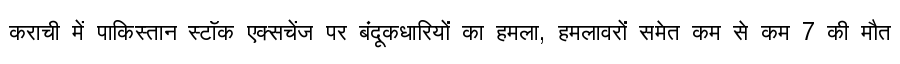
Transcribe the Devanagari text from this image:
कराची में पाकिस्तान स्टॉक एक्सचेंज पर बंदूकधारियों का हमला, हमलावरों समेत कम से कम 7 की मौत